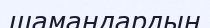
шамандардың